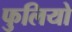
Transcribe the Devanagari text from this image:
फुलियो